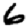
Digit: 6